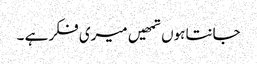
جانتا ہوں تمھیں میری فکر ہے ۔